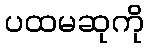
ပထမဆုကို